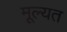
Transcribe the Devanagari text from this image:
मूल्यत